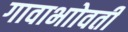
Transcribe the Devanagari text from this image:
गावाभाोवती